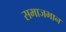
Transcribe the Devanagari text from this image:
समाजभान